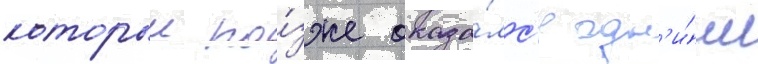
которыи по́зже оказа́лс'я одн'и́м